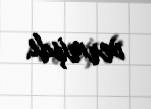
vermişdi.